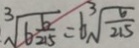
\sqrt [ 3 ] { 6 \frac { 6 } { 2 1 5 } } = 6 \sqrt [ 3 ] { \frac { 6 } { 2 1 5 } }